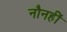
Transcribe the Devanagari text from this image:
नौनहीं